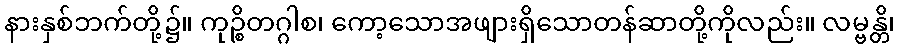
နားနှစ်ဘက်တို့၌။ ကုဉ္စိတဂ္ဂါစ၊ ကော့သောအဖျားရှိသောတန်ဆာတို့ကိုလည်း။ လမ္ဗန္တိ၊